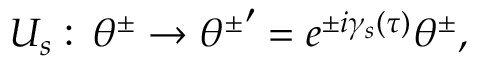
U _ { s } : \, \theta ^ { \pm } \rightarrow { \theta ^ { \pm } } ^ { \prime } = e ^ { \pm i { \gamma } _ { s } ( \tau ) } \theta ^ { \pm } ,